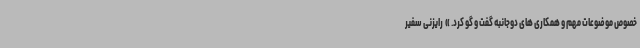
خصوص موضوعات مهم و همکاری های دوجانبه گفت و گو کرد. » ‌ رایزنی سفیر